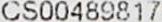
CS00489817